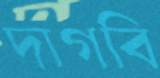
দাগবি